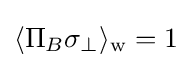
\langle \Pi _{B}\sigma _{\perp }\rangle _{\rm {w}}=1